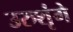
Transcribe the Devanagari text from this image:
उरुशृंगे